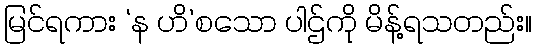
မြင်ရကား ‘န ဟိ’စသော ပါဌ်ကို မိန့်ရသတည်း။